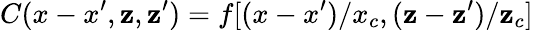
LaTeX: C(x-x^{\prime},\mathbf{z},\mathbf{z}^{\prime})=f[(x-x^{\prime})/x_{c},(\mathbf{z}-\mathbf{z}^{\prime})/\mathbf{z}_{c}]